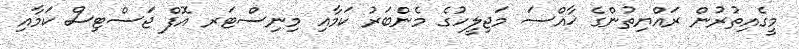
މީގެއިތުރުން ރައްޔިތުންގެ ޚާއްސަ މަޖިލީހުގެ މެންބަރު ކަމާއި މިނިސްޓަރ އޮފް ޖަސްޓިސް ކަމާއި